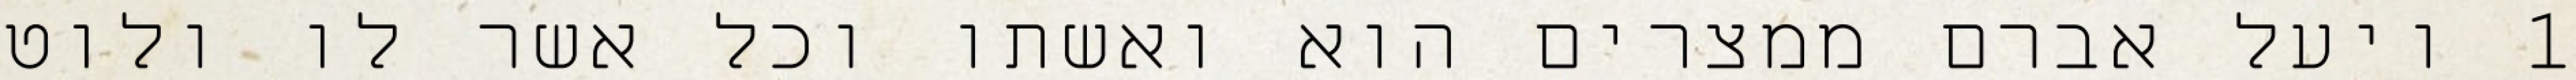
1 ויעל אברם ממצרים הוא ואשתו וכל אשר לו ולוט